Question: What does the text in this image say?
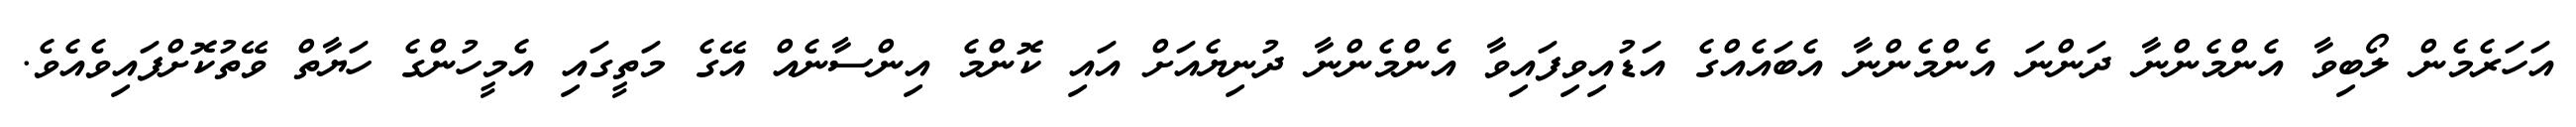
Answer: އަހަރެމެން ލޯބިވާ އެންމެންނާ ދަންނަ އެންމެންނާ އެބައެއްގެ އަޑުއިވިފައިވާ އެންމެންނާ ދުނިޔެއަށް އައި ކޮންމެ އިންސާނެއް އޭގެ މަތީގައި އެމީހުންގެ ހަޔާތް ވޭތުކޮށްފައިވެއެވެ.